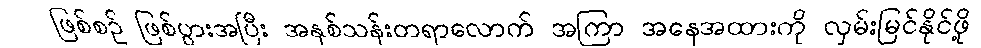
ဖြစ်စဉ် ဖြစ်ပွားအပြီး အနှစ်သန်းတရာလောက် အကြာ အနေအထားကို လှမ်းမြင်နိုင်ဖို့